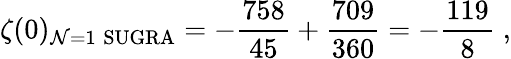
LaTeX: \zeta(0)_{\mathcal{N}=1\; {\mathrm{{SUGRA}}}}=-{\frac{{758}}{{45}}}+{\frac{{709}}{{360}}}=-{\frac{{119}}{{8}}}\; ,